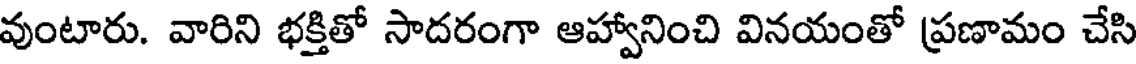
వుంటారు. వారిని భక్తితో సాదరంగా ఆహ్వానించి వినయంతో ప్రణామం చేసి